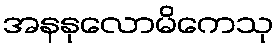
အနနုလောမိကေသု